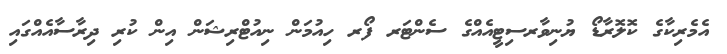
އެމެރިކާގެ ކޮލޮރާޑޯ ޔުނިވާރސިޓީއެއްގެ ސެންޓަރ ފޯރ ހިއުމަން ނިއުޓްރިޝަން އިން ކުރި ދިރާސާއެއްގައި